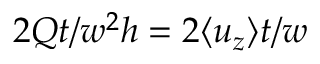
2 Q t / w ^ { 2 } h = 2 \langle u _ { z } \rangle t / w